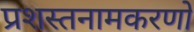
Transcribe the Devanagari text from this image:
प्रशस्तनामकरणो